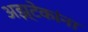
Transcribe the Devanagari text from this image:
अझ्टेकांना